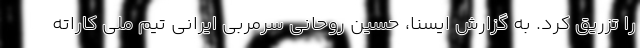
را تزریق کرد. به گزارش ایسنا، حسین روحانی سرمربی ایرانی تیم ملی کاراته